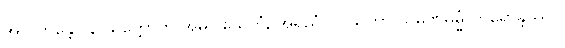
အလဘန္တော န သက္ကောတိ အဓိဝါသေတုံ, အရညံ ပဝိသိတွာ သမဏဓမ္မံ ကရောန္တဿပိ